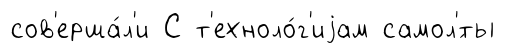
сов'ерша́л'и С т'ехноло́г'иjам самол'́ты